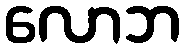
လောဘ